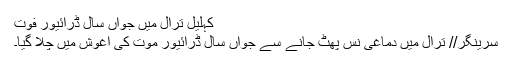
کہلیل ترال میں جواں سال ڈرائیور فوت
سرینگر// ترال میں دماغی نس پھٹ جانے سے جواں سال ڈرائیور موت کی آغوش میں چلا گیا۔